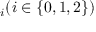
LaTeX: \digamma _ { i } ( i \in \{ 0 , 1 , 2 \} )